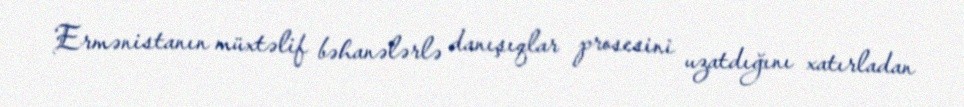
Ermənistanın müxtəlif bəhanələrlə danışıqlar prosesini uzatdığını xatırladan